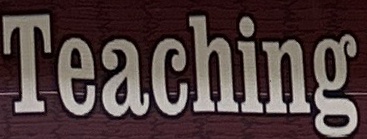
Teaching